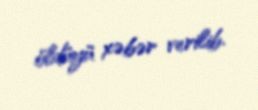
öldüyü xəbər verilib.